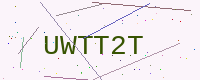
Text: UWTT2T